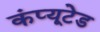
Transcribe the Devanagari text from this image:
कंप्यूटेड